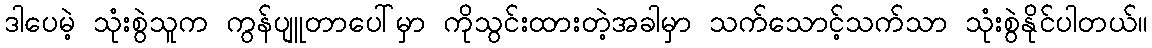
ဒါပေမဲ့ သုံးစွဲသူက ကွန်ပျူတာပေါ်မှာ ကိုသွင်းထားတဲ့အခါမှာ သက်သောင့်သက်သာ သုံးစွဲနိုင်ပါတယ်။